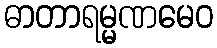
ဓာတာရမ္မဏမေဝ